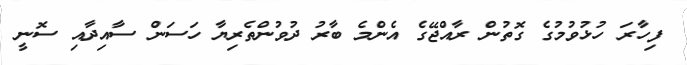
ފިހާރަ ހުޅުވުމުގެ ގޮތުން ރާއްޖޭގެ އެންމެ ބާރު ދުވުންތެރިޔާ ހަސަން ސާއިދާއި ސޮނީ